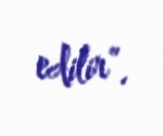
edilir”.